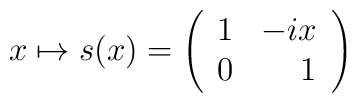
x\mapsto s(x)=\left( \begin{array}{lr} 1 & -ix \\                             0 & 1\end{array}\right)